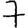
Digit: 7